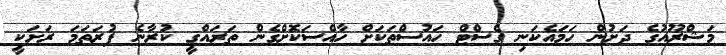
މަޝްރޫއުގެ ދަށުން ހަމައެކަނި ގެސްޓް ހައުސްތަކަށް ހާއްސަކޮށްގެން ތަރައްގީ ކުރާނެ ފުރަތަމަ ރަށަކީ